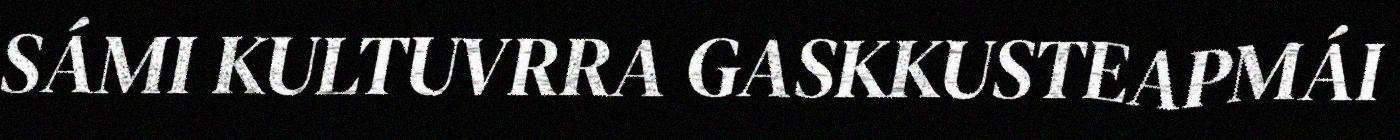
SÁMI KULTUVRRA GASKKUSTEAPMÁI